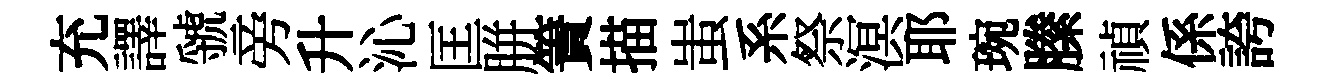
充譯虢旁升沁匡胼簀描蚩系祭溟耶琬縢禎係誇